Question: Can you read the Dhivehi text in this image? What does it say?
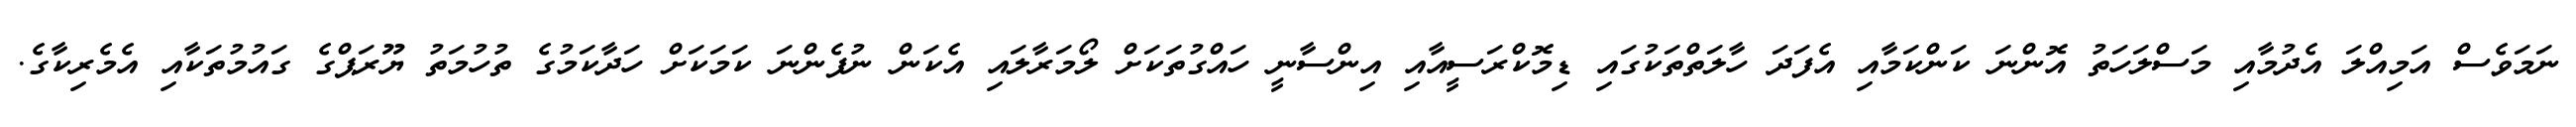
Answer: ނަމަވެސް އަމިއްލަ އެދުމާއި މަސްލަހަތު އޮންނަ ކަންކަމާއި އެފަދަ ހާލަތްތަކުގައި ޑިމޮކްރަސީއާއި އިންސާނީ ހައްގުތަކަށް ލޯމަރާލައި އެކަން ނުފެންނަ ކަމަކަށް ހަދާކަމުގެ ތުހުމަތު ޔޫރަޕްގެ ގައުމުތަކާއި އެމެރިކާގެ.